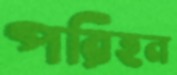
পরিহন